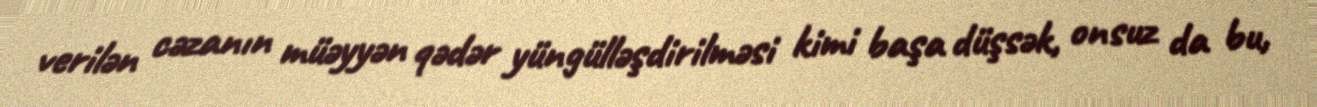
verilən cəzanın müəyyən qədər yüngülləşdirilməsi kimi başa düşsək, onsuz da bu,